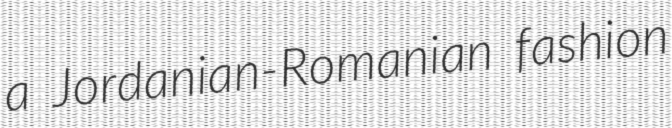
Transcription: a Jordanian-Romanian fashion